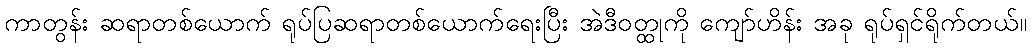
ကာတွန်း ဆရာတစ်ယောက် ရုပ်ပြဆရာတစ်ယောက်ရေးပြီး အဲဒီဝတ္ထုကို ကျော်ဟိန်း အခု ရုပ်ရှင်ရိုက်တယ်။